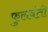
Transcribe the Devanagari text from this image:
फुलवंती